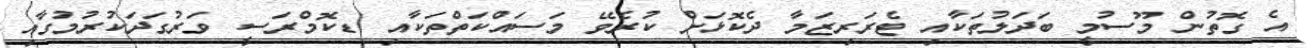
އެ ގޮތުން މޫސުމީ ބަދަލުތަކާއި ޓެރަރިޒަމާ ދެކޮޅަށް ކުރެވޭ މަސައްކަތްތަކާއި ޑކޮމްރަސީ ވަރުގަދަކުރުމުގާއި